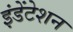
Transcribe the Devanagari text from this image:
इंडेंटेशन